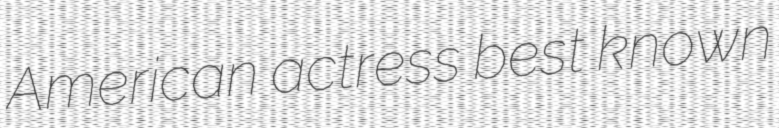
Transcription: American actress best known